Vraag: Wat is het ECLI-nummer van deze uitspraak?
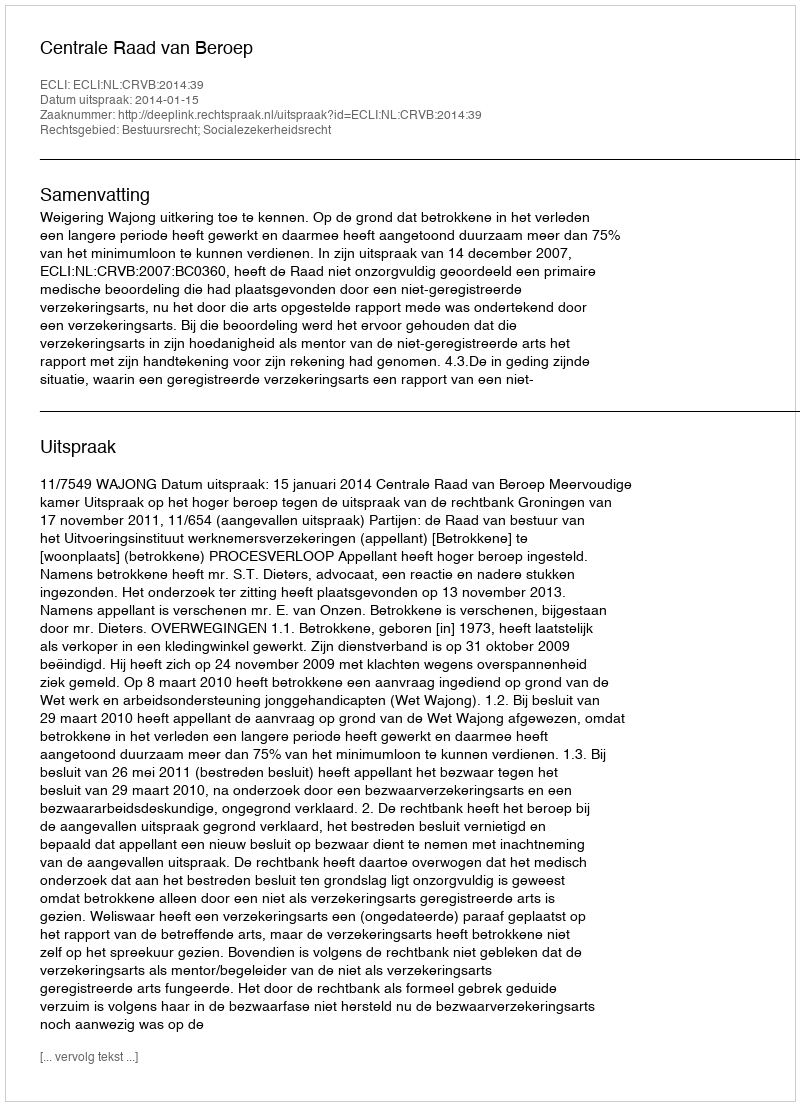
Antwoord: ECLI:NL:CRVB:2014:39